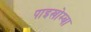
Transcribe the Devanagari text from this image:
पाइखोम्बा